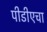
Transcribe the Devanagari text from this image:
पीडीएचा